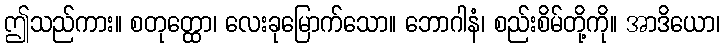
ဤသည်ကား။ စတုတ္ထော၊ လေးခုမြောက်သော။ ဘောဂါနံ၊ စည်းစိမ်တို့ကို။ အာဒိယော၊